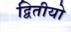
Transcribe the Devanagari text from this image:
द्वितीयो